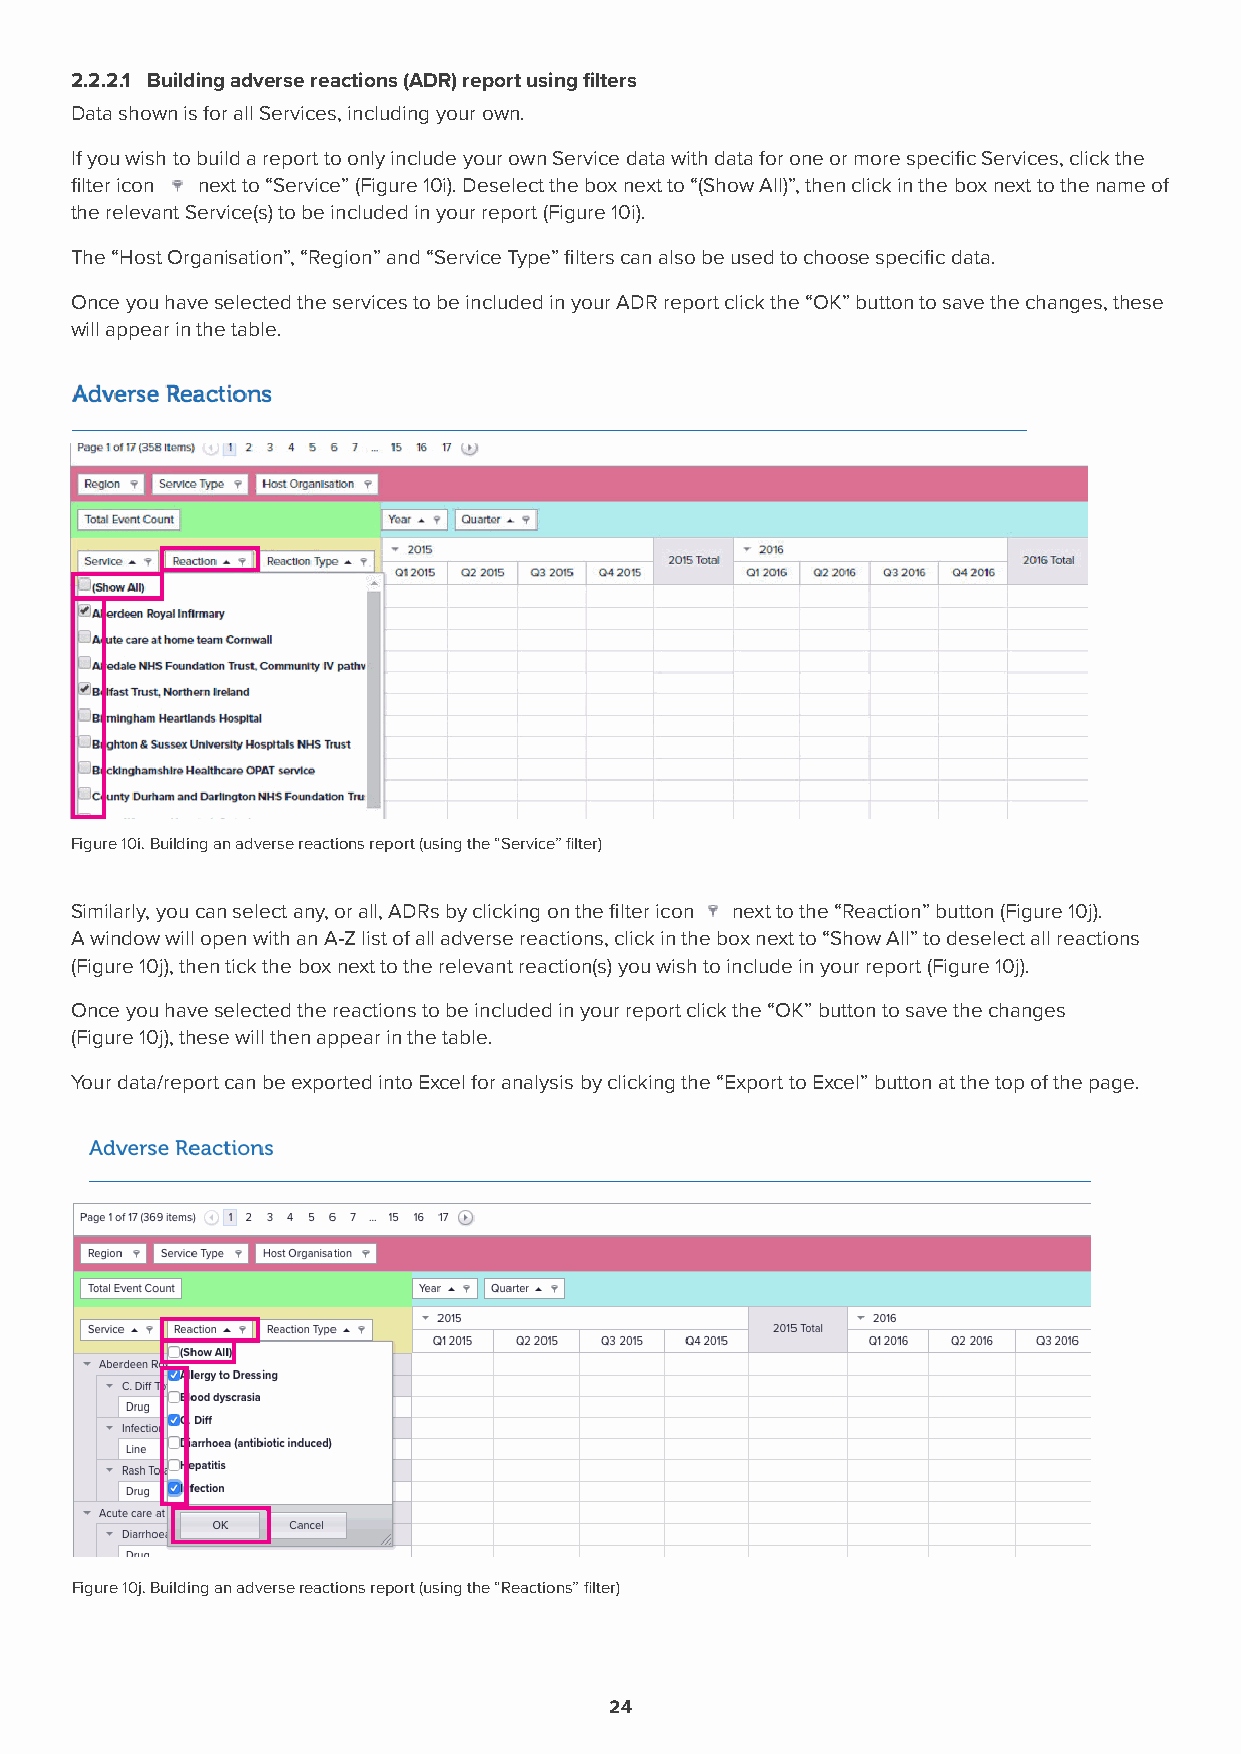
2.2.2.1 Building adverse reactions (ADR) report using filters
 Data shown is for all Services, including your own.
 If you wish to build a report to only include your own Service data with data for one or more specific Services, click the
 filter icon next to “Service” (Figure 10i). Deselect the box next to “(Show All)”, then click in the box next to the name of
 the relevant Service(s) to be included in your report (Figure 10i).
 The “Host Organisation”, “Region” and “Service Type” filters can also be used to choose specific data.
 Once you have selected the services to be included in your ADR report click the “OK” button to save the changes, these
 will appear in the table.
 Figure 10i. Building an adverse reactions report (using the “Service” filter)
 Similarly, you can select any, or all, ADRs by clicking on the filter icon next to the “Reaction” button (Figure 10j).
 A window will open with an A-Z list of all adverse reactions, click in the box next to “Show All” to deselect all reactions
 (Figure 10j), then tick the box next to the relevant reaction(s) you wish to include in your report (Figure 10j).
 Once you have selected the reactions to be included in your report click the “OK” button to save the changes
 (Figure 10j), these will then appear in the table.
 Your data/report can be exported into Excel for analysis by clicking the “Export to Excel” button at the top of the page.
 Figure 10j. Building an adverse reactions report (using the “Reactions” filter)
 24